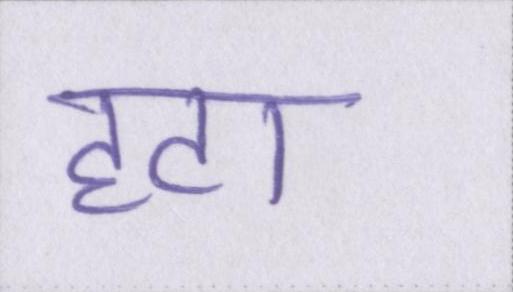
हटा